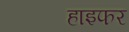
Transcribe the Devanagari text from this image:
हाइफर